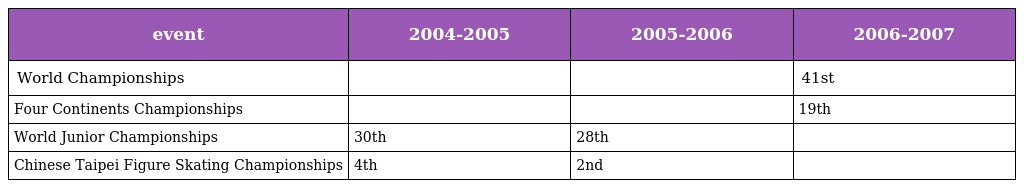
| event | 2004-2005 | 2005-2006 | 2006-2007 |
 | --- | --- | --- | --- |
 | World Championships |  |  | 41st |
 | Four Continents Championships |  |  | 19th |
 | World Junior Championships | 30th | 28th |  |
 | Chinese Taipei Figure Skating Championships | 4th | 2nd |  |